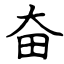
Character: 奋